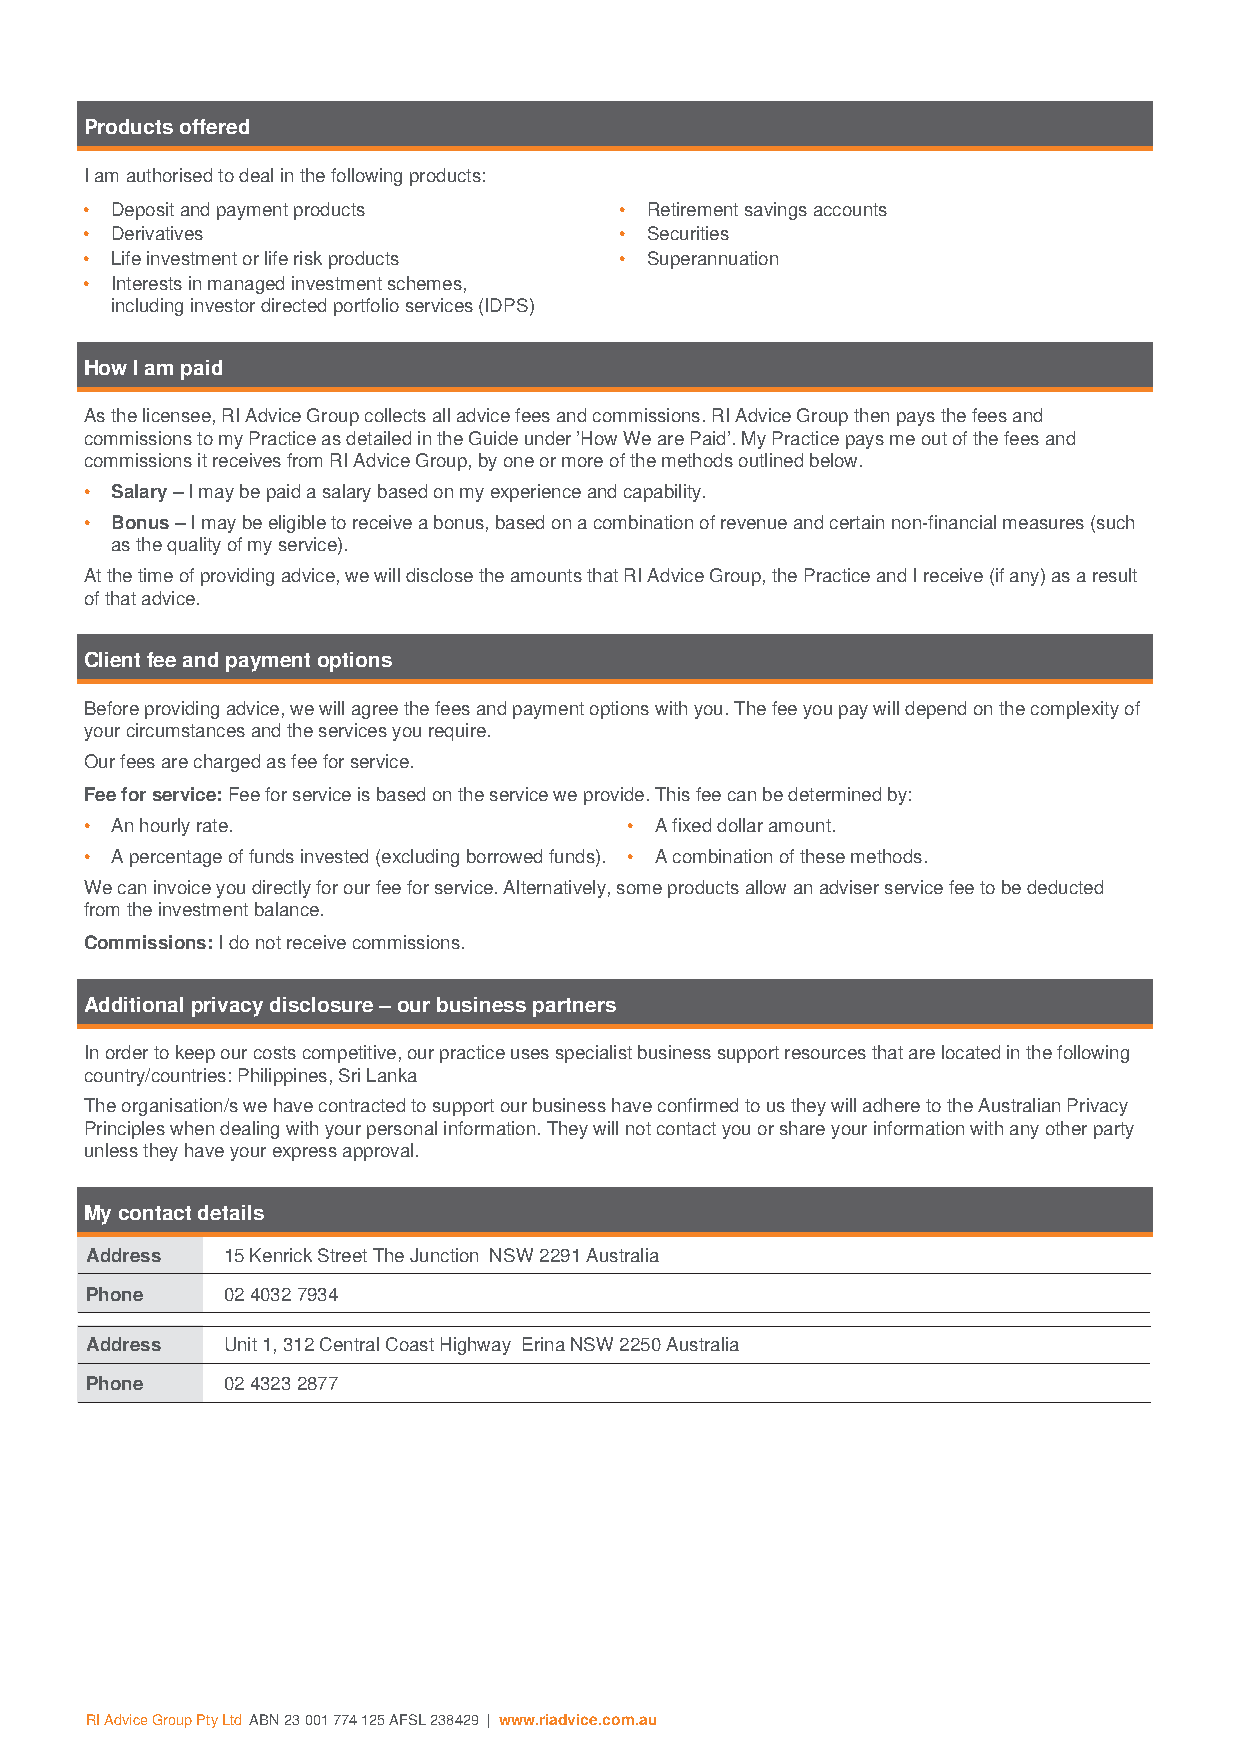
Products offered
 I am authorised to deal in the following products:
 • Deposit and payment products     • Retirement savings accounts
 • Derivatives                      • Securities
 • Life investment or life risk products • Superannuation
 • Interests in managed investment schemes,
 including investor directed portfolio services (IDPS)
 How I am paid
 As the licensee, RI Advice Group collects all advice fees and commissions. RI Advice Group then pays the fees and
 commissions to my Practice as detailed in the Guide under ’How We are Paid’. My Practice pays me out of the fees and
 commissions it receives from RI Advice Group, by one or more of the methods outlined below.
 • Salary – I may be paid a salary based on my experience and capability.
 • Bonus – I may be eligible to receive a bonus, based on a combination of revenue and certain non-financial measures (such
 as the quality of my service).
 At the time of providing advice, we will disclose the amounts that RI Advice Group, the Practice and I receive (if any) as a result
 of that advice.
 Client fee and payment options
 Before providing advice, we will agree the fees and payment options with you. The fee you pay will depend on the complexity of
 your circumstances and the services you require.
 Our fees are charged as fee for service.
 Fee for service: Fee for service is based on the service we provide. This fee can be determined by:
 • An hourly rate.                   • A fixed dollar amount.
 • A percentage of funds invested (excluding borrowed funds). • A combination of these methods.
 We can invoice you directly for our fee for service. Alternatively, some products allow an adviser service fee to be deducted
 from the investment balance.
 Commissions: I do not receive commissions.
 Additional privacy disclosure – our business partners
 In order to keep our costs competitive, our practice uses specialist business support resources that are located in the following
 country/countries: Philippines, Sri Lanka
 The organisation/s we have contracted to support our business have confirmed to us they will adhere to the Australian Privacy
 Principles when dealing with your personal information. They will not contact you or share your information with any other party
 unless they have your express approval.
 My contact details
 Address  15 Kenrick Street The Junction NSW 2291 Australia
 Phone    02 4032 7934
 Address  Unit 1, 312 Central Coast Highway Erina NSW 2250 Australia
 Phone    02 4323 2877
 RI Advice Group Pty Ltd ABN 23 001 774 125 AFSL 238429 | www.riadvice.com.au